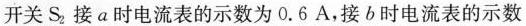
开关S_{2}接a时电流表的示数为0.6A，接b时电流表的示数